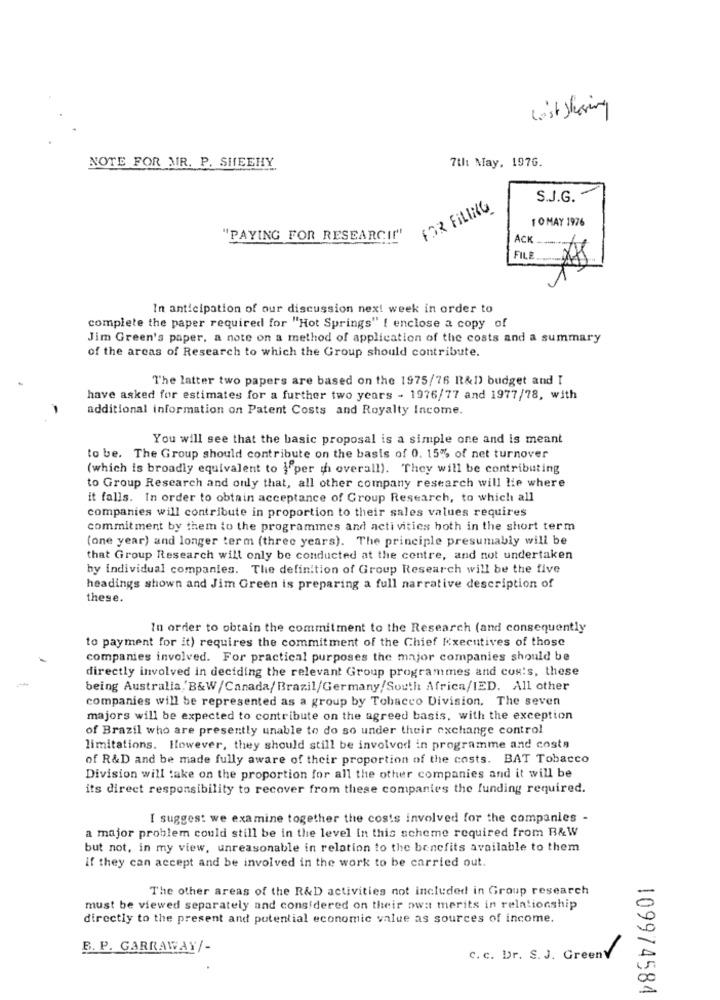
Last shering
NOTE FOR MR. P. SHEEHY
7th May, 1976.
S.J.G. -
FOR FILING
1 OMAY 1976
"PAYING FOR RESEARCH!"
ACK -..
FILE
In anticipation of our discussion next week in order to
complete the paper required for "Hot Springs" I enclose a copy of
Jim Green's paper, a note on a method of application of the costs and a summary
of the areas of Research to which the Group should contribute.
The latter two papers are based on the 1975/76 R&D) budget and I
have asked for estimates for a further two years - 1976/77 and 1977/78, with
additional information on Patent Costs and Royalty Income.
You will see that the basic proposal is a simple one and is meant
to be. The Group should contribute on the basis of 0. 15% of net turnover
(which is broadly equivalent to }"per th overall). They will be contributing
to Group Research and only that, all other company research will lie where
it falls. In order to obtain acceptance of Group Research, to which all
companies will contribute in proportion to their sales values requires
commitment by them to the programmes and activities both in the short term
(one year) and longer term (three years). The principle presumably will be
that Group Research will only be conducted at the centre, and not undertaken
hy individual companies. The definition of Group Research will be the five
headings shown and Jim Green is preparing a full narrative description of
these.
In order to obtain the commitment to the Research (and consequently
to payment for it) requires the commitment of the Chief Executives of those
companies involved. For practical purposes the major companies should be
directly involved in deciding the relevant Group programmes and cox's, these
being Australia, B&W/Canada/Brazil/Germany/South Africa/IED. All other
companies will be represented as a group by Tobacco Division. The seven
majors will be expected to contribute on the agreed basis, with the exception
of Brazil who are presently unable to do so under their exchange control
limitations. However, they should still be involved in programme and costs
of R&D and be made fully aware of their proportion of the costs. BAT Tobacco
Division will take on the proportion for all the other companies and it will be
its direct responsibility to recover from these companies the funding required.
I suggest we examine together the costs involved for the companies -
a major problem could still be in the level in this scheme required from B&W
but not, in my view, unreasonable in relation to the benefits available to them
if they can accept and be involved in the work to be carried out.
The other areas of the R&D activities not included in Group research
must be viewed separately and considered on their owat merits in relationship
directly to the present and potential economic value as sources of income.
B. P. GARRAWAY/-
C. c. Dr. S.J. GreenV
109974584